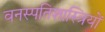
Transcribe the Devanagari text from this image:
वनस्‍पतिशास्‍त्रियों